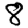
Digit: 8